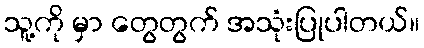
သူ့ကို မှာ တွေတွက် အသုံးပြုပါတယ်။